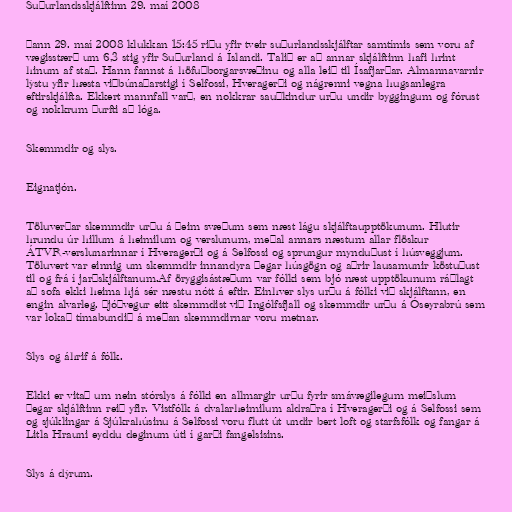
Suðurlandsskjálftinn 29. maí 2008

Þann 29. maí 2008 klukkan 15:45 riðu yfir tveir suðurlandsskjálftar samtímis sem voru af
vægisstærð um 6,3 stig yfir Suðurland á Íslandi. Talið er að annar skjálftinn hafi hrint
hinum af stað. Hann fannst á höfuðborgarsvæðinu og alla leið til Ísafjarðar. Almannavarnir
lýstu yfir hæsta viðbúnaðarstigi í Selfossi, Hveragerði og nágrenni vegna hugsanlegra
eftirskjálfta. Ekkert mannfall varð, en nokkrar sauðkindur urðu undir byggingum og fórust
og nokkrum þurfti að lóga.

Skemmdir og slys.

Eignatjón.

Töluverðar skemmdir urðu á þeim svæðum sem næst lágu skjálftaupptökunum. Hlutir
hrundu úr hillum á heimilum og verslunum, meðal annars næstum allar flöskur
ÁTVR-verslunarinnar í Hveragerði og á Selfossi og sprungur mynduðust í húsveggjum.
Töluvert var einnig um skemmdir innandyra þegar húsgögn og aðrir lausamunir köstuðust
til og frá í jarðskjálftanum.Af öryggisástæðum var fólki sem bjó næst upptökunum ráðlagt
að sofa ekki heima hjá sér næstu nótt á eftir. Einhver slys urðu á fólki við skjálftann, en
engin alvarleg. Þjóðvegur eitt skemmdist við Ingólfsfjall og skemmdir urðu á Óseyrabrú sem
var lokað tímabundið á meðan skemmdirnar voru metnar.

Slys og áhrif á fólk.

Ekki er vitað um nein stórslys á fólki en allmargir urðu fyrir smávægilegum meiðslum
þegar skjálftinn reið yfir. Vistfólk á dvalarheimilum aldraðra í Hveragerði og á Selfossi sem
og sjúklingar á Sjúkrahúsinu á Selfossi voru flutt út undir bert loft og starfsfólk og fangar á
Litla Hrauni eyddu deginum úti í garði fangelsisins.

Slys á dýrum.